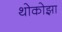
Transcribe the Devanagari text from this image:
थोकोझा